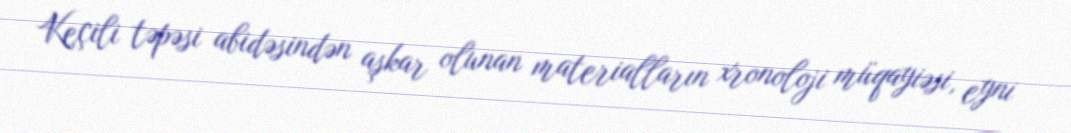
Keçili təpəsi abidəsindən aşkar olunan materialların xronoloji müqayiəsi, eyni